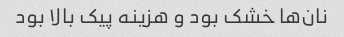
نان‌ها خشک بود و هزینه پیک بالا بود